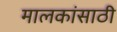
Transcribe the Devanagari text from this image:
मालकांसाठी